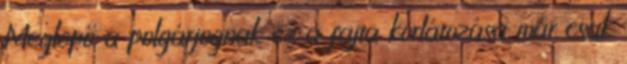
Meglepő a polgárjognak ez a fajta korlátozása már csak